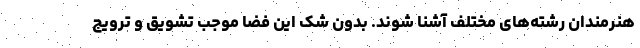
هنرمندان رشته‌های مختلف آشنا شوند. بدون شک این فضا موجب تشویق و ترویج